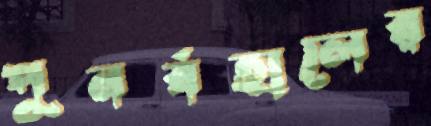
পুনর্বহালের